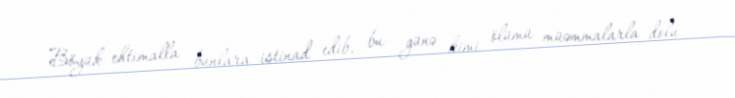
Böyük ehtimalla bunlara istinad edib, bu günə kimi ölümü müəmmalarla dolu